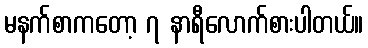
မနက်စာကတော့ ၇ နာရီလောက်စားပါတယ်။